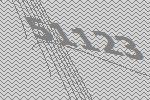
51123